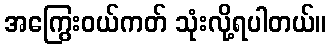
အကြွေးဝယ်ကတ် သုံးလို့ရပါတယ်။